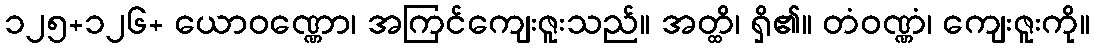
၁၂၅+၁၂၆+ ယောဝဏ္ဏော၊ အကြင်ကျေးဇူးသည်။ အတ္ထိ၊ ရှိ၏။ တံဝဏ္ဏံ၊ ကျေးဇူးကို။